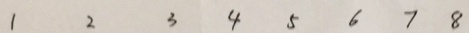
1 2 3 4 5 6 7 8